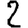
Digit: 2